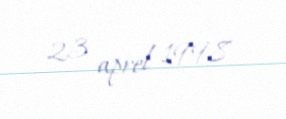
23 aprel 1998